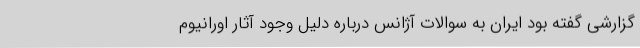
گزارشی گفته بود ایران به سوالات آژانس درباره دلیل وجود آثار اورانیوم